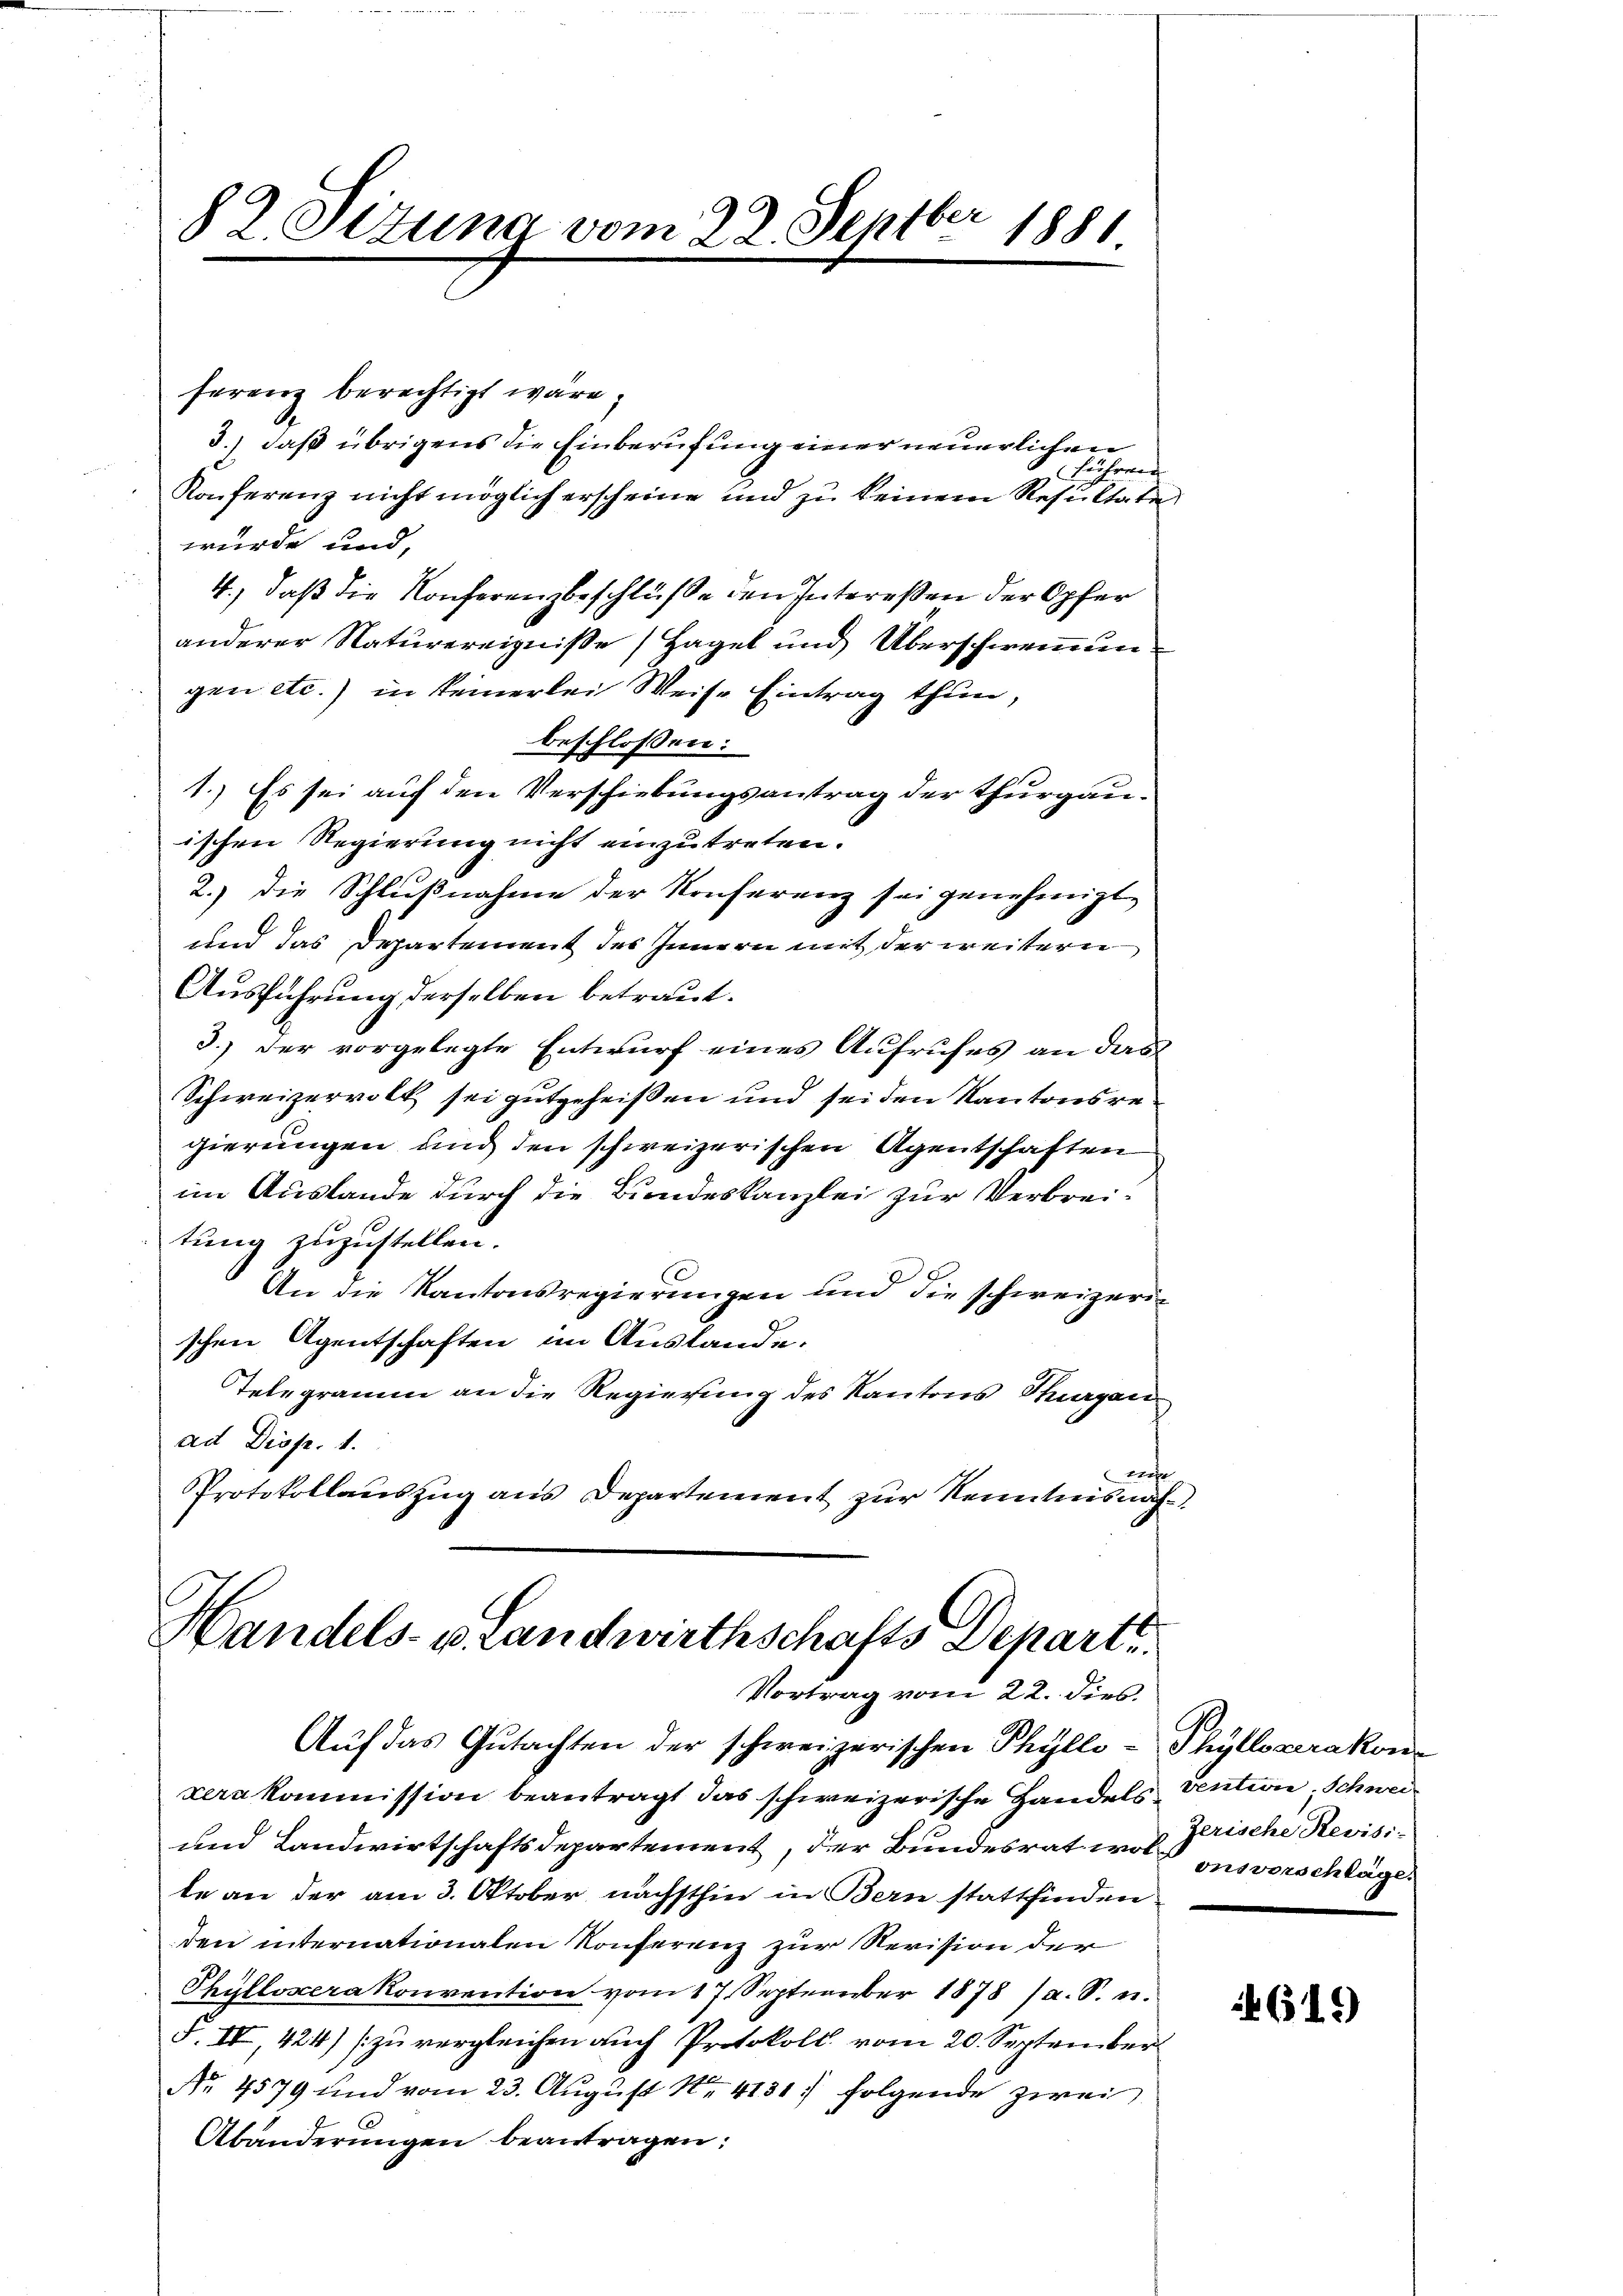
82 Oltung vom 22. Septber 1881.

ferenz berechtigt wäre,
3.) daß übrigens die Einberufung einer neuerlichen
Konferenz nicht möglich erscheine und zu keinem Resultate
wurde und,
4., daß die Konferenzbeschlüße den Intereßen der Opfer
anderer Naturereignisse (Hagel und Überschwemmun
gen etc.) in keinerlei Weise Eintrag thun,
beschlossen:
1.) Es sei auf den Verschiebungsantrag der Thurgau-
ischen Regierung nicht einzutreten.
2.) Die Schlußnahme der Konferenz sei genehmigt,
und das Departement des Innern mit der weitern
Ausführung derselben betraut.
3.) Der vorgelegte Entwurf eines Aufrufes an das
Schweizervolk sei gutgeheißen und sei den Kantonsregierungen und den schweizerischen Agentschaften
im Auslande durch die Bundeskanzlei zur Verbreitung zuzustellen.
i
An die Kantonsregierungen und die schweizerin
schen Agentschaften im Auslande.
Telegramm an die Regierung des Kantons Thurgau
ad Disp. 1.
t
Protokollauszug aus Departement zur Kenntnisnah

führen

Handels- u. Landwirthschafts Departe.
Vortrag vom 22. dies

Aŭf das Gutachten der schweizerischen Phylle-Thylloserakon-
zerakommission beantragt das schweizerische Handels¬
und Landwirtschaftsdepartement, der Bundesrat wol insvorschläge
te an der am 3. Oktober nächsthin in Bern stattfinden
den internationalen Konferenz zur Revision der
Thüllosera konvention vom 17. September 1878 (a. S. u.
§. IV, 424) zu vergleichen auch Protokoll vom 20. September
Nr. 4579 und vom 23. Aŭgŭst Nr. 4131 folgende zwei
Abänderungen beantragen:

ventione Schwei-
Zerische Revisi-

4619